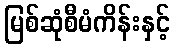
မြစ်ဆုံစီမံကိန်းနှင့်